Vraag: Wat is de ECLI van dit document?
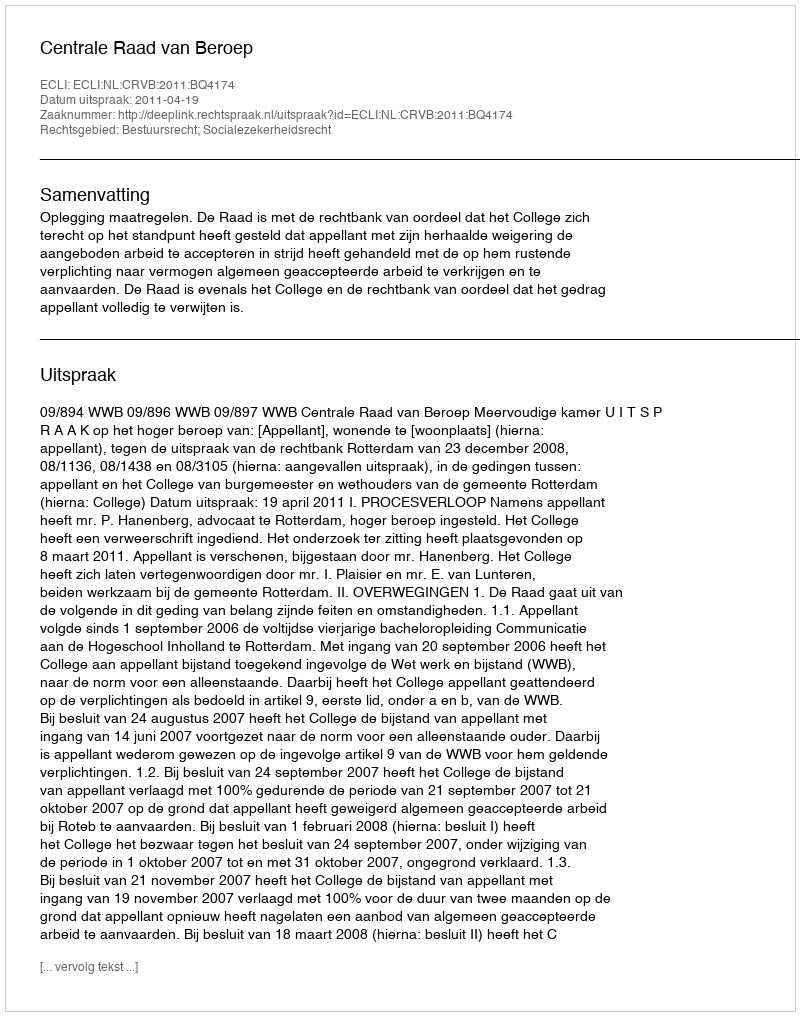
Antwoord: ECLI:NL:CRVB:2011:BQ4174